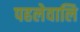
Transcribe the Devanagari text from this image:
पहलेवालि